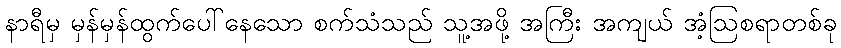
နာရီမှ မှန်မှန်ထွက်ပေါ်နေသော စက်သံသည် သူ့အဖို့ အကြီး အကျယ် အံ့ဩစရာတစ်ခု